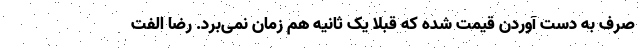
صرف به دست آوردن قیمت شده که قبلا یک ثانیه هم زمان نمی‌برد. رضا الفت